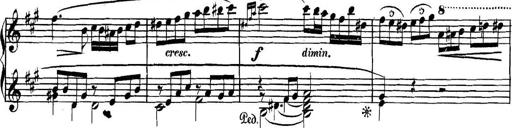
Title: Collected Piano Sonatas
Composer: Muzio Clementi